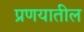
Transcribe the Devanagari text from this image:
प्रणयातील